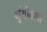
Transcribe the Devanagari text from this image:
श्रृंगीबाबा